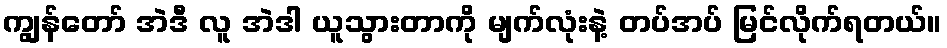
ကျွန်တော် အဲဒီ လူ အဲဒါ ယူသွားတာကို မျက်လုံးနဲ့ တပ်အပ် မြင်လိုက်ရတယ်။